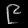
Digit: ၉